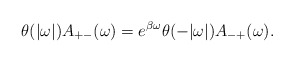
\begin{align*}\theta(|\omega|)A_{+-}(\omega) = e^{\beta\omega}\theta(-|\omega|)A_{-+}(\omega).\end{align*}